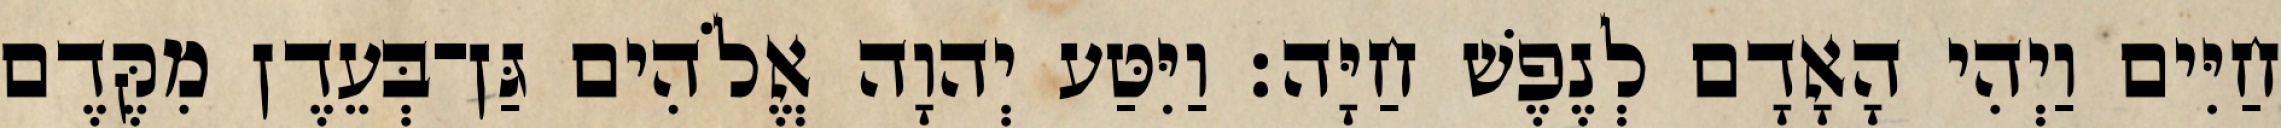
חַיִּים וַיְהִי הָאָדָם לְנֶפֶשׁ חַיָּה׃ וַיִּטַּע יְהוָה אֱלֹהִים גַּן־בְּעֵדֶן מִקֶּדֶם